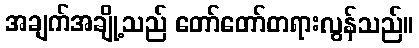
အချက်အချို့သည် တော်တော်တရားလွန်သည်။